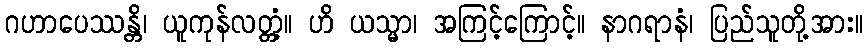
ဂဟာပေဿန္တိ၊ ယူကုန်လတ္တံ့။ ဟိ ယသ္မာ၊ အကြင့်ကြောင့်။ နာဂရာနံ၊ ပြည်သူတို့အား။